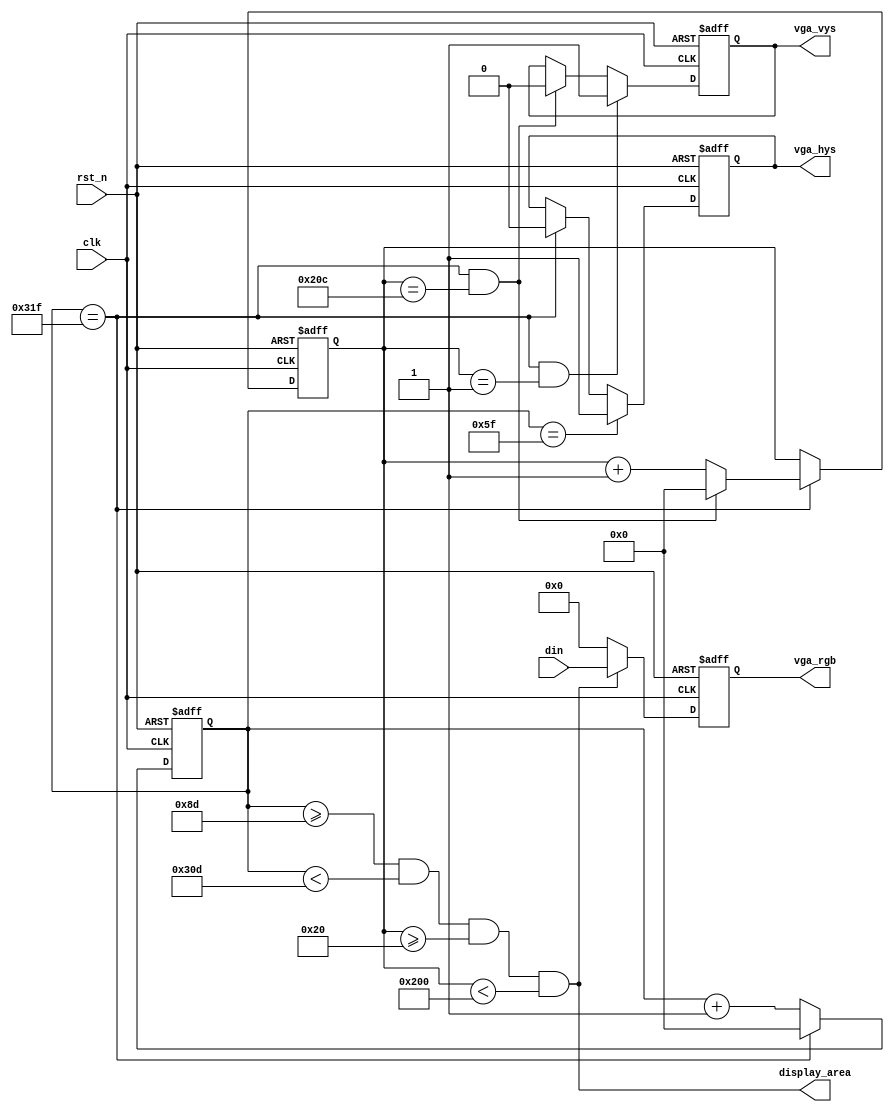
/************************************************************************************
The code is designed and produced by MDY Science and Education Co., Ltd, which has the entire ownership. It is only for personal learning, which cannot be used for commercial or profit-making purposes without permission.

    MDY's Mission: Develop Chip Talents and Realize National Chip Dream.

    We sincerely hope that our students can learn the real IC / FPGA code through our standard and rigorous code.

    For more FPGA learning materials, please visit the Forum: http://fpgabbs.com/ and official website: http://www.mdy-edu.com/index.html 

    *************************************************************************************/
module vga_driver(
    clk         ,
    rst_n       ,
    din         ,
    vga_hys     ,
    vga_vys     ,
    vga_rgb     ,
	display_area  
);

    parameter     DATA_W = 16;

    input                clk             ;
    input                rst_n           ;
    input  [15:0]        din             ;

    output               vga_hys         ;
    output               vga_vys         ;
    output [DATA_W-1:0]  vga_rgb         ;
    output               display_area    ;

    reg                  vga_hys         ;
    reg                  vga_vys         ;
    reg    [DATA_W-1:0]  vga_rgb         ;
    reg    [9:0]         cnt_hys         ;
    reg    [9:0]         cnt_vys         ;
    reg                  display_area    ;
    reg    [9:0]         x               ;
    reg    [9:0]         y               ;
    wire                 add_cnt_hys     ;
    wire                 end_cnt_hys     ;
    wire                 add_cnt_vys     ;
    wire                 end_cnt_vys     ;


    always @ (posedge clk or negedge rst_n)begin
        if(!rst_n)begin
            cnt_hys <= 0;
        end
        else if(add_cnt_hys)begin
            if(end_cnt_hys)
                cnt_hys <= 0;
            else
                cnt_hys <= cnt_hys + 1;
        end
    end

    assign add_cnt_hys = 1;
    assign end_cnt_hys = add_cnt_hys && cnt_hys == 800-1;

    always @ (posedge clk or negedge rst_n)begin
        if(!rst_n)begin
            cnt_vys <= 0;
        end
        else if(add_cnt_vys)begin
            if(end_cnt_vys)
                cnt_vys <= 0;
            else
                cnt_vys <= cnt_vys + 1;
        end
    end

    assign add_cnt_vys = end_cnt_hys;
    assign end_cnt_vys = add_cnt_vys && cnt_vys == 525-1;

    always @ (posedge clk or negedge rst_n)begin
        if(!rst_n)begin
            vga_hys <= 0;
        end
        else if(add_cnt_hys && cnt_hys == 95)begin
            vga_hys <= 1;
        end
        else if(end_cnt_hys)begin
            vga_hys <= 0;
        end
    end

    always @ (posedge clk or negedge rst_n)begin
        if(!rst_n)begin
            vga_vys <= 0;
        end
        else if(add_cnt_vys && cnt_vys == 1)begin
            vga_vys <= 1;
        end
        else if(end_cnt_vys)begin
            vga_vys <= 0;
        end
    end


    always @ (*)begin
        display_area = cnt_hys >= 141 && cnt_hys < (141+640) && cnt_vys >= 32 && cnt_vys < (32+480);
    end

  
    always @ (posedge clk or negedge rst_n)begin
        if(!rst_n)begin
            vga_rgb <= 0;
        end
        else if(display_area)begin
            vga_rgb <= din ;
            end
        else begin
            vga_rgb <= 0;
        end
    end
	
endmodule